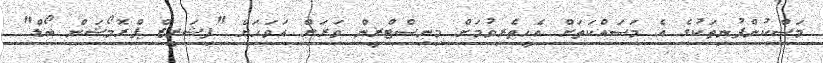
މަސްކުންފުނިތަކުގެ އެ މަސައްކަތަށް އެހީތެރިވުމަށް މިނިސްޓްރީން ވަރަށް އަވަހަށް "ފިޝަރީޒް ޕްރޮމޯޝަން ބޯޑް"